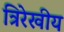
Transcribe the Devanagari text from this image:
त्रिरेखीय